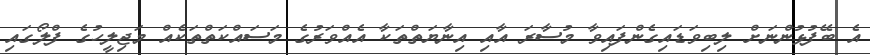
އެ ބޭފުޅުންނަށް ލިބިވަޑައިގެންފައިވާ މުސާރަ އާއި އިނާޔަތްތަކާ އެއްވަރުގެ މަސައްކަތްތަކެއް މަޖިލީހުގެ ފްލޯގައި